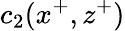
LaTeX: c_{2}(x^{+},z^{+})